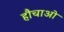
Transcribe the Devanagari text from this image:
हौचाओ